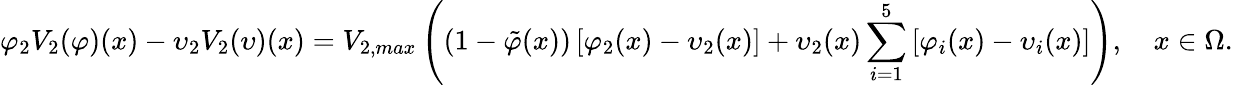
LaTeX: \varphi_{2}V_{2}(\varphi)(x)-\upsilon_{2}V_{2}(\upsilon)(x)=V_{2,max}\left(\left(1-\tilde{\varphi}(x)\right)\left[\varphi_{2}(x)-\upsilon_{2}(x)\right]+\upsilon_{2}(x)\sum_{i=1}^{5}\left[\varphi_{i}(x)-\upsilon_{i}(x)\right]\right),\quad x\in\Omega.